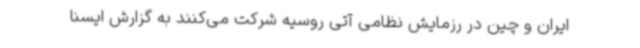
ایران و چین در رزمایش نظامی آتی روسیه شرکت می‌کنند به گزارش ایسنا